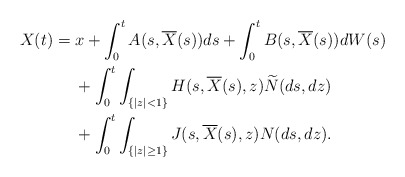
\begin{align*} X(t)&= x+\int_0^t A(s,\overline{X}(s))ds+\int_0^t B(s,\overline{X}(s))dW(s) \\ &\quad\ +\int_0^t \int_{\{|z|<1\}} H(s,\overline{X}(s),z)\widetilde{N}(ds,dz)\\&\quad\ +\int_0^t\int_{\{|z|\ge1\}} J(s,\overline{X}(s),z)N(ds,dz).\end{align*}